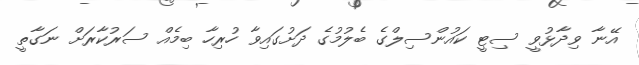
އޭނާ ވިދާޅުވީ ސިޓީ ކައުންސިލްގެ ބެލުމުގެ ދަށުގައިވާ ހުރިހާ ބިމެއް ސަރުކާރަށް ނަގާތީ